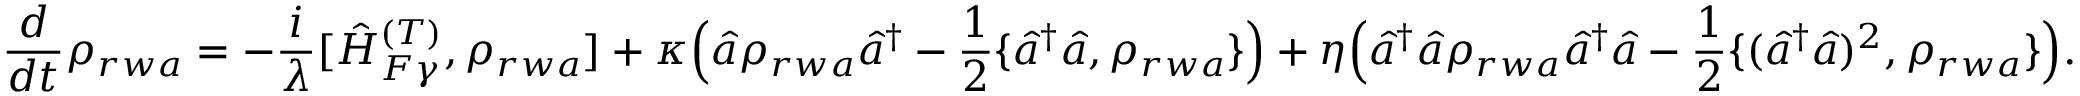
\frac { d } { d t } \rho _ { r w a } = - \frac { i } { \lambda } [ \hat { H } _ { F \gamma } ^ { ( T ) } , \rho _ { r w a } ] + \kappa \Big ( \hat { a } \rho _ { r w a } \hat { a } ^ { \dagger } - \frac { 1 } { 2 } \{ \hat { a } ^ { \dagger } \hat { a } , \rho _ { r w a } \} \Big ) + \eta \Big ( \hat { a } ^ { \dagger } \hat { a } \rho _ { r w a } \hat { a } ^ { \dagger } \hat { a } - \frac { 1 } { 2 } \{ ( \hat { a } ^ { \dagger } \hat { a } ) ^ { 2 } , \rho _ { r w a } \} \Big ) .